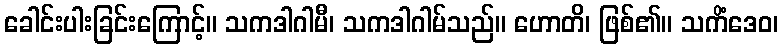
ခေါင်းပါးခြင်းကြောင့်။ သကဒါဂါမီ၊ သကဒါဂါမ်သည်။ ဟောတိ၊ ဖြစ်၏။ သကိံဒေဝ၊